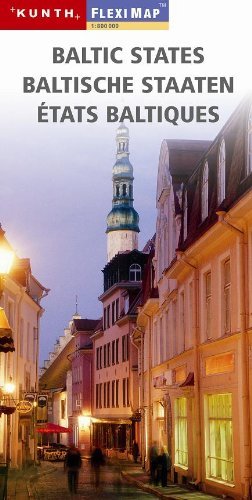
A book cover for Estonia, Latvia, Lithuania & Kaliningrad 1:800 000 Travel Map, laminated MAGNUM; Kunth Verlag; Travel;